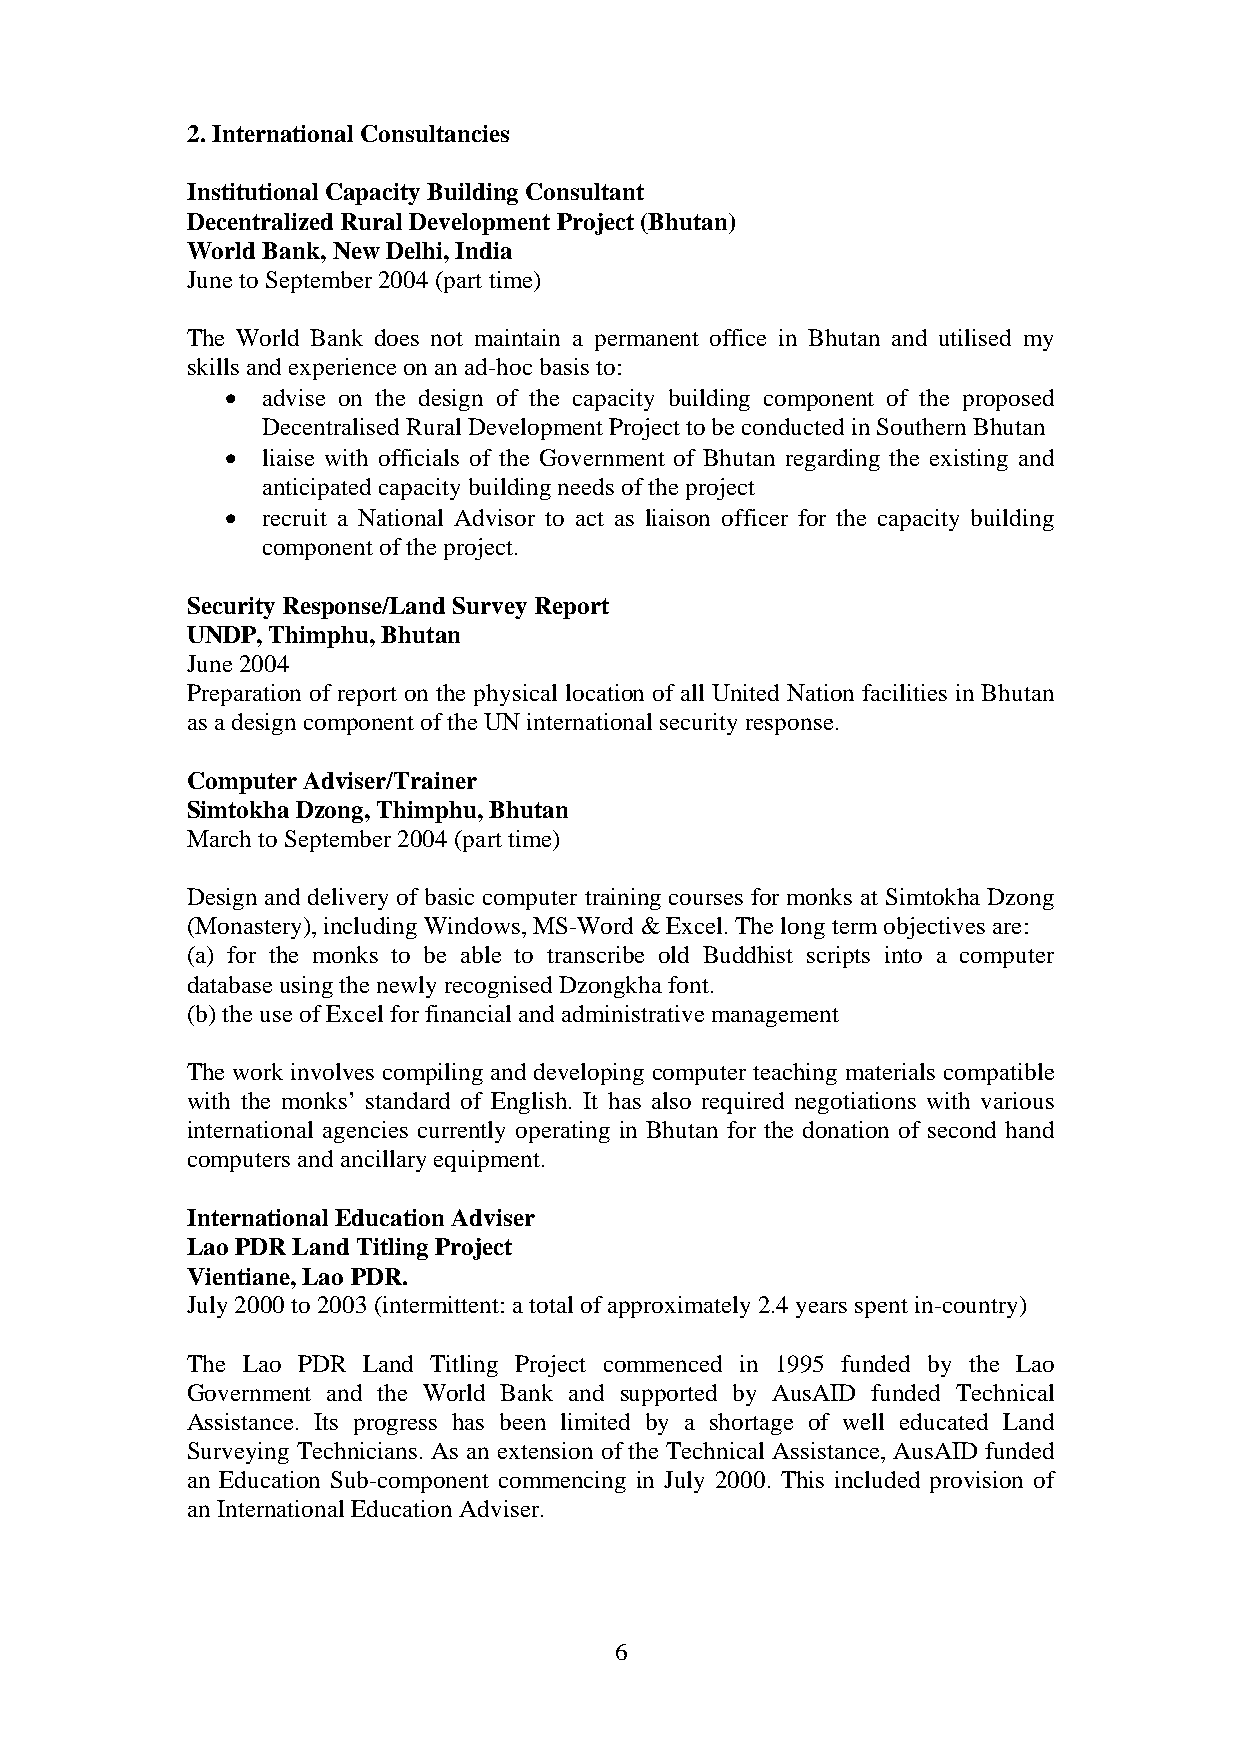
2. International Consultancies
 Institutional Capacity Building Consultant
 Decentralized Rural Development Project (Bhutan)
 World Bank, New Delhi, India
 June to September 2004 (part time)
 The World Bank does not maintain a permanent office in Bhutan and utilised my
 skills and experience on an ad-hoc basis to:
 • advise on the design of the capacity building component of the proposed
 Decentralised Rural Development Project to be conducted in Southern Bhutan
 • liaise with officials of the Government of Bhutan regarding the existing and
 anticipated capacity building needs of the project
 • recruit a National Advisor to act as liaison officer for the capacity building
 component of the project.
 Security Response/Land Survey Report
 UNDP, Thimphu, Bhutan
 June 2004
 Preparation of report on the physical location of all United Nation facilities in Bhutan
 as a design component of the UN international security response.
 Computer Adviser/Trainer
 Simtokha Dzong, Thimphu, Bhutan
 March to September 2004 (part time)
 Design and delivery of basic computer training courses for monks at Simtokha Dzong
 (Monastery), including Windows, MS-Word & Excel. The long term objectives are:
 (a) for the monks to be able to transcribe old Buddhist scripts into a computer
 database using the newly recognised Dzongkha font.
 (b) the use of Excel for financial and administrative management
 The work involves compiling and developing computer teaching materials compatible
 with the monks’ standard of English. It has also required negotiations with various
 international agencies currently operating in Bhutan for the donation of second hand
 computers and ancillary equipment.
 International Education Adviser
 Lao PDR Land Titling Project
 Vientiane, Lao PDR.
 July 2000 to 2003 (intermittent: a total of approximately 2.4 years spent in-country)
 The Lao PDR Land Titling Project commenced in 1995 funded by the Lao
 Government and the World Bank and supported by AusAID funded Technical
 Assistance. Its progress has been limited by a shortage of well educated Land
 Surveying Technicians. As an extension of the Technical Assistance, AusAID funded
 an Education Sub-component commencing in July 2000. This included provision of
 an International Education Adviser.
 6